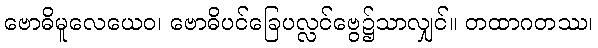
ဗောဓိမူလေယေဝ၊ ဗောဓိပင်ခြေပလ္လင်ဗွေ၌သာလျှင်။ တထာဂတဿ၊